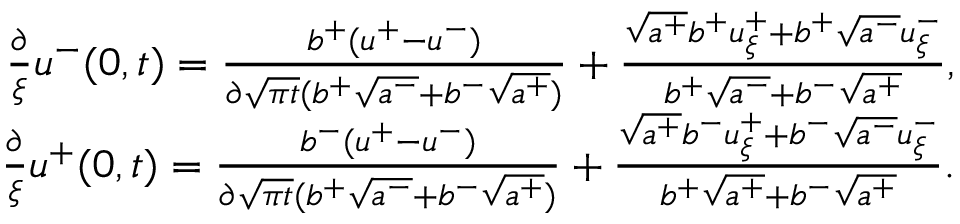
\begin{array} { r } { \frac { \partial } { \xi } u ^ { - } ( 0 , t ) = \frac { b ^ { + } ( u ^ { + } - u ^ { - } ) } { \partial \sqrt { \pi t } ( b ^ { + } \sqrt { a ^ { - } } + b ^ { - } \sqrt { a ^ { + } } ) } + \frac { \sqrt { a ^ { + } } b ^ { + } u _ { \xi } ^ { + } + b ^ { + } \sqrt { a ^ { - } } u _ { \xi } ^ { - } } { b ^ { + } \sqrt { a ^ { - } } + b ^ { - } \sqrt { a ^ { + } } } , } \\ { \frac { \partial } { \xi } u ^ { + } ( 0 , t ) = \frac { b ^ { - } ( u ^ { + } - u ^ { - } ) } { \partial \sqrt { \pi t } ( b ^ { + } \sqrt { a ^ { - } } + b ^ { - } \sqrt { a ^ { + } } ) } + \frac { \sqrt { a ^ { + } } b ^ { - } u _ { \xi } ^ { + } + b ^ { - } \sqrt { a ^ { - } } u _ { \xi } ^ { - } } { b ^ { + } \sqrt { a ^ { + } } + b ^ { - } \sqrt { a ^ { + } } } . } \end{array}